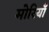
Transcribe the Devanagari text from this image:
मोरियाँ